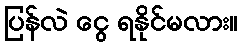
ပြန်လဲ ငွေ ရနိုင်မလား။